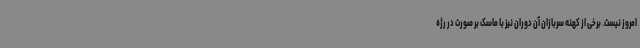
امروز نیست. برخی از کهنه سربازان آن دوران نیز با ماسک بر صورت در رژه